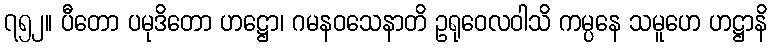
၇၅၂။ ပီတော ပမုဒိတော ဟဋ္ဌော၊ ဂမနဝသေနာတိ ဥရုဝေလဝါသိ ကမ္ပနေ သမူဟေ ဟဋ္ဌာနိ